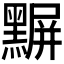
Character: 𪑰